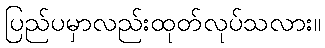
ပြည်ပမှာလည်းထုတ်လုပ်သလား။